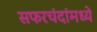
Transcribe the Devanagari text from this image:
सफरचंदांमध्ये